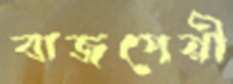
বাজপেয়ী